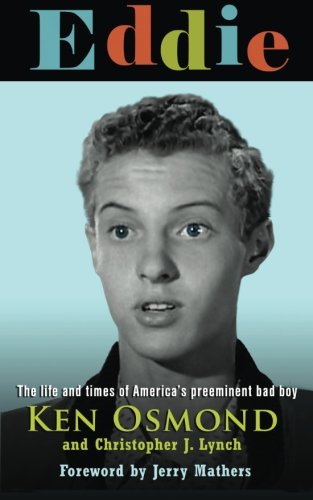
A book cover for Eddie: The Life and Times of America's Preeminent Bad Boy; Ken Osmond; Biographies & Memoirs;